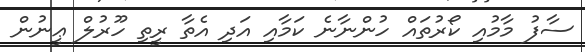
ސާފު މާމުއި ކޯރުތައް ހުންނާނެ ކަމާއި އަދި އެތާ ރީތި ހޫރުލް ޢީނުން